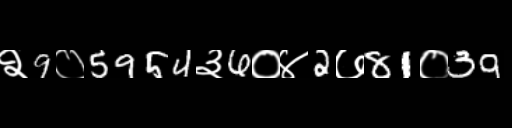
Text: २9०5954३6०४2७81०39